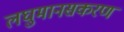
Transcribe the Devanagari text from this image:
लघुमानसकरण